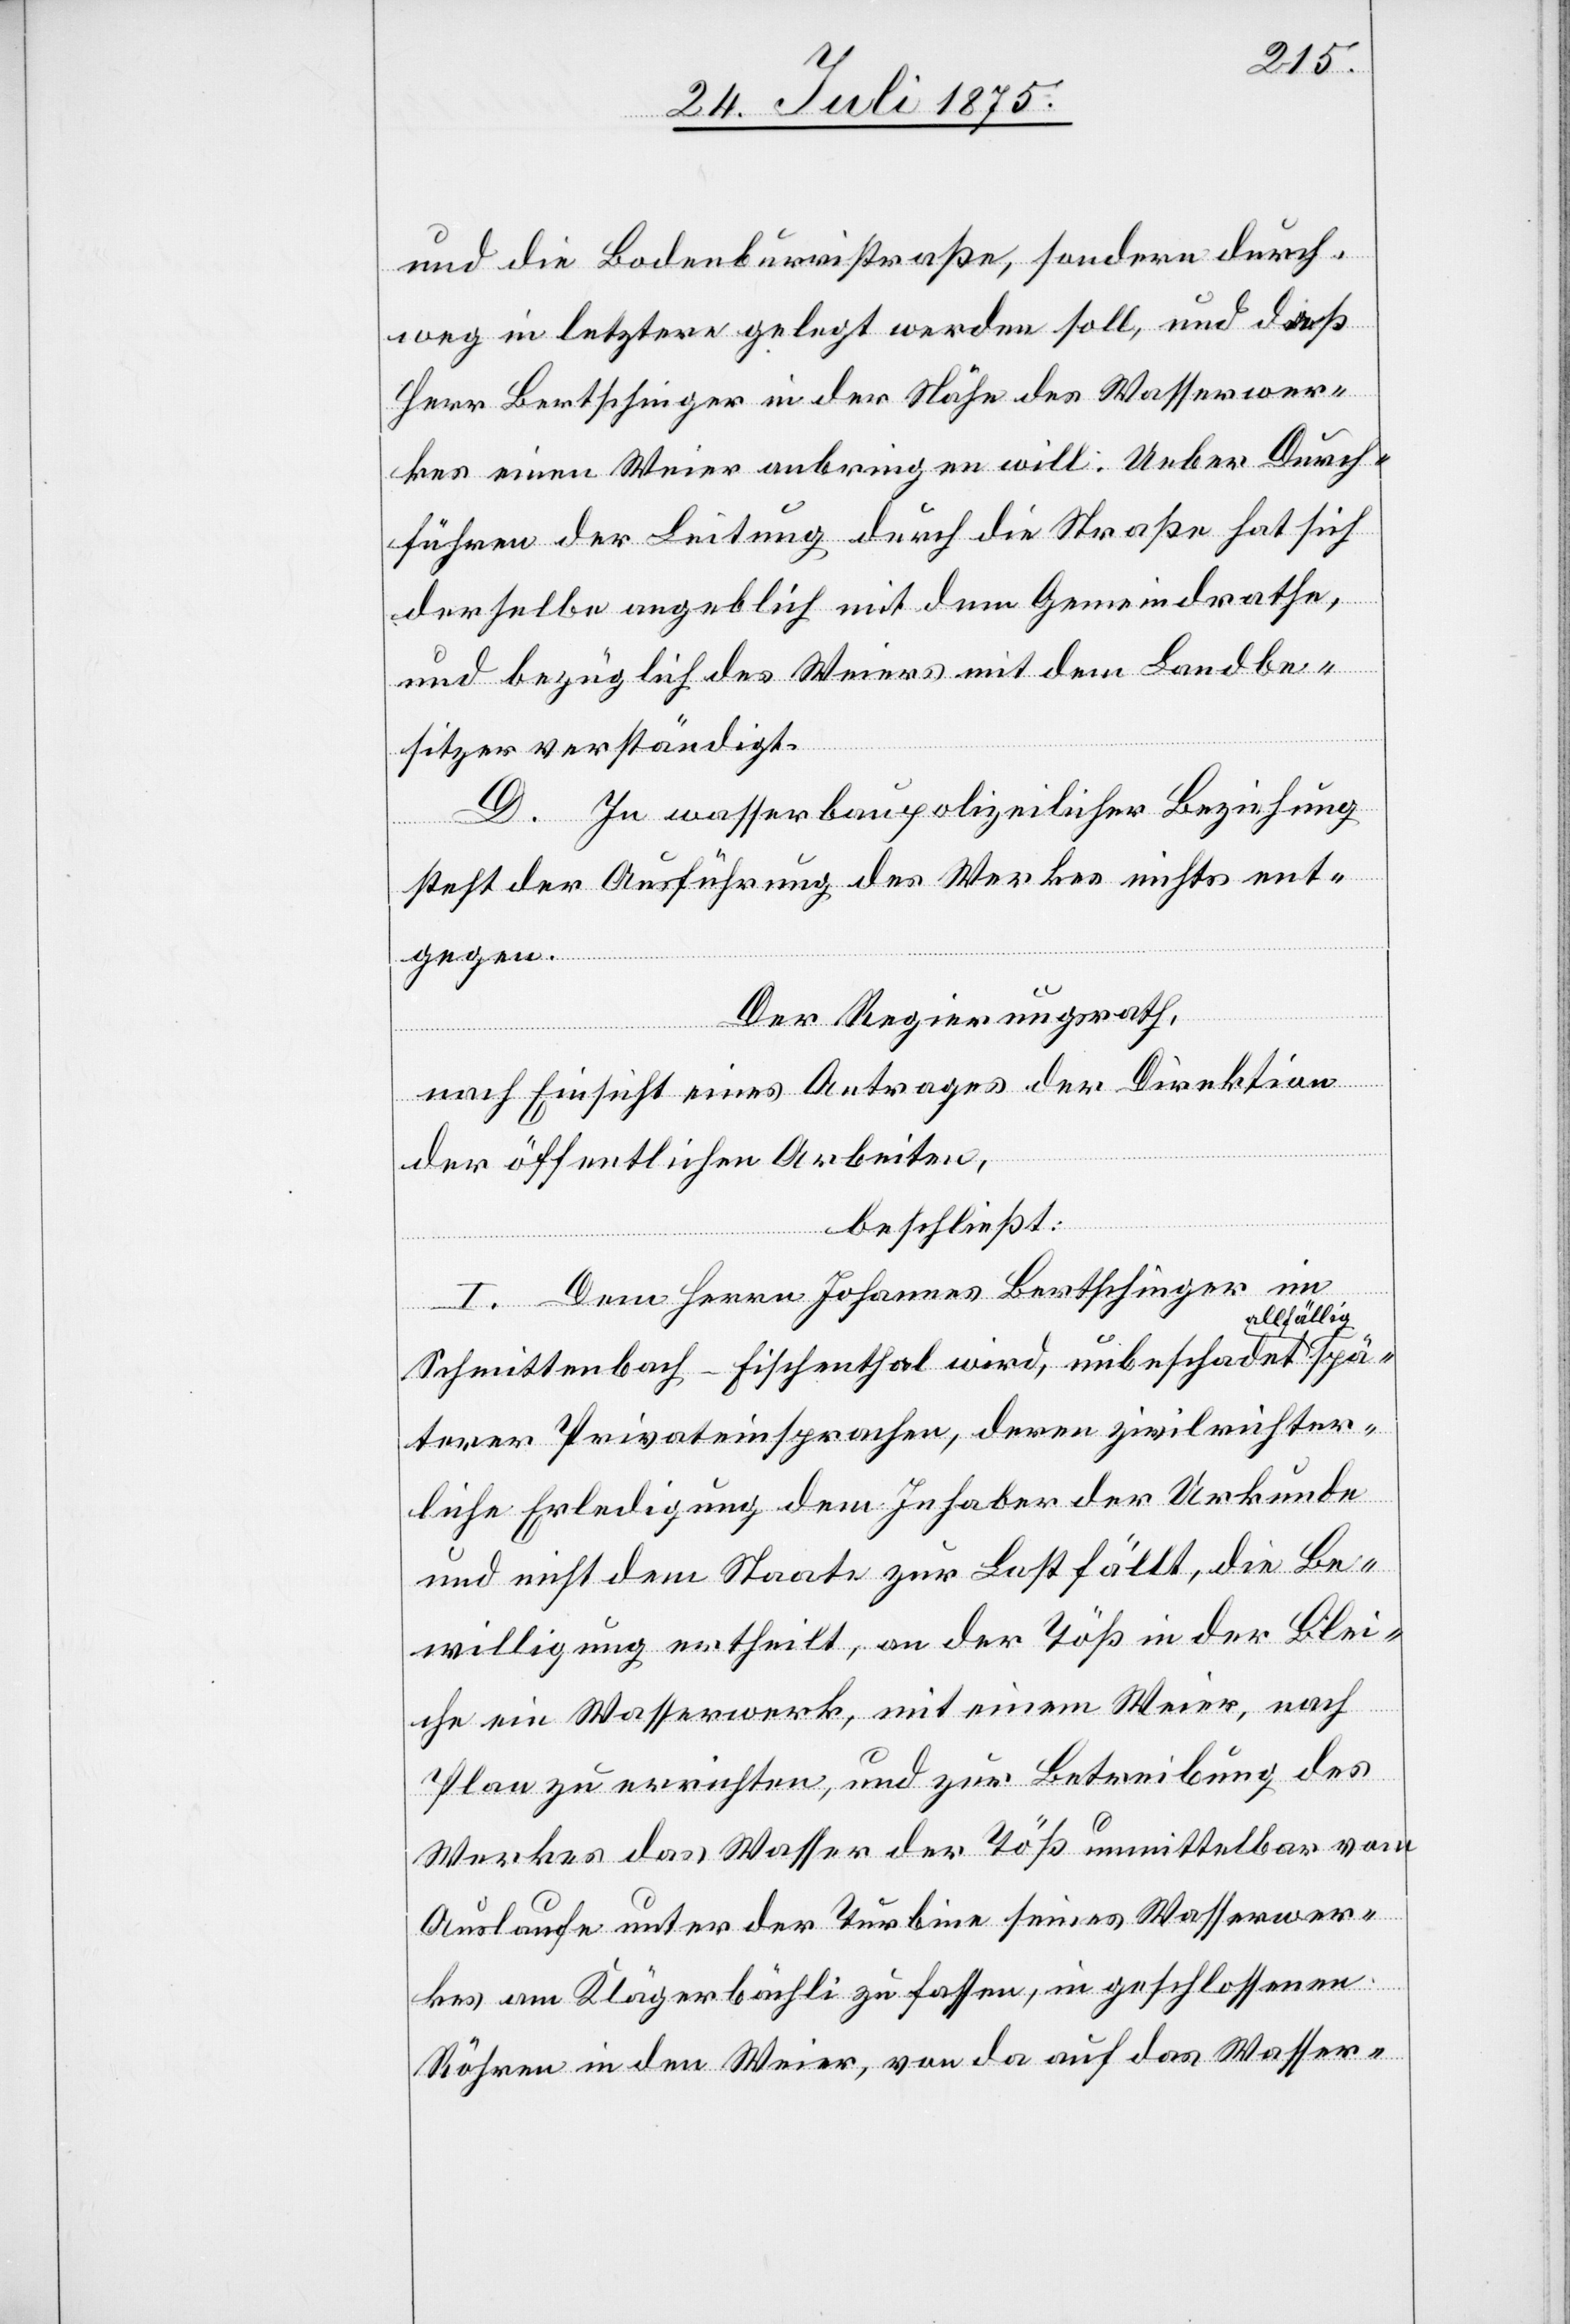
und die Bodenburristraße, sondern durch¬
weg in letztere gelegt werden soll, und dieß
Herr Bertschinger in der Nähe des Wasserwer¬
kes einen Weier anbringen will. Ueber Durch¬
führen der Leitung durch die Straße hat sich
derselbe angeblich mit dem Gemeindrathe,
und bezüglich des Weiers mit dem Landbe¬
sitzer verständigt.
D. In wasserbaupolizeilicher Beziehung
steht der Ausführung des Werkes nichts ent¬
gegen.
Der Regierungsrath,
spä¬
nach Einsicht eines Antrages der Direktion
der öffentlichen Arbeiten,
beschließt:
I. Dem Herrn Johannes Bertschinger im
llfällig
Schmittenbach - Fischenthal wird, unbeschadet a¬
terer Privateinsprachen, deren zivilrichter¬
liche Erledigung dem Inhaber der Urkunde
und nicht dem Staate zur Last fällt, die Be¬
willigung ertheilt, an der Töß in der Blei¬
che ein Wasserwerk, mit einem Weier, nach
Plan zu errichten, und zur Betreibung des
Werkes das Wassre der Töß unmittelbar vom
Auslaufe unter der Turbine seines Wasserwer¬
kes am Klägerbächli zu fassen, in geschlossenen
Röhren in den Weier, von da auf das Wasser-